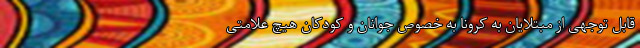
قابل توجهی از مبتلایان به کرونا به خصوص جوانان و کودکان هیچ علامتی